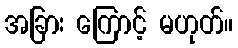
အခြား ကြောင့် မဟုတ်။